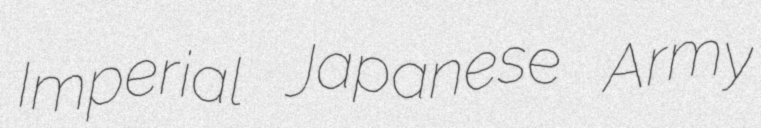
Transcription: Imperial Japanese Army